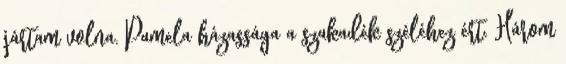
jártam volna. Pamela házassága a szakadék széléhez ért. Három